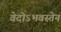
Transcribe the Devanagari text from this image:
वेदोऽभवस्तेन